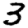
Digit: 3